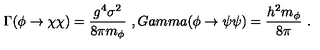
\Gamma ( \phi \to \chi \chi ) = { \frac { g ^ { 4 } \sigma ^ { 2 } } { 8 \pi m _ { \phi } } } \ , G a m m a ( \phi \to \psi \psi ) = { \frac { h ^ { 2 } m _ { \phi } } { 8 \pi } } \ .